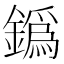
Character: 𨬞